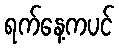
ရက်နေ့ကပင်